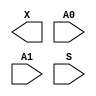
module sky130_fd_sc_hvl__udp_mux_2to1 (
    X ,
    A0,
    A1,
    S
);

    output X ;
    input  A0;
    input  A1;
    input  S ;
endmodule